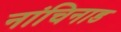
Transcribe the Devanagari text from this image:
नांचिनाड